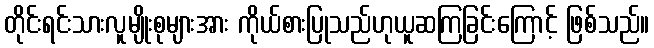
တိုင်းရင်းသားလူမျိုးစုများအား ကိုယ်စားပြုသည်ဟုယူဆကြခြင်းကြောင့် ဖြစ်သည်။